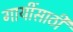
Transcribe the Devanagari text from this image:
गायींसाठी